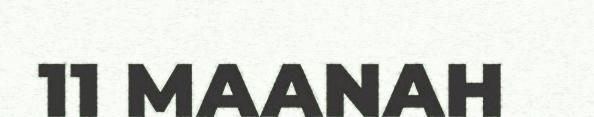
11 MAANAH